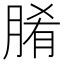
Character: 𮌞